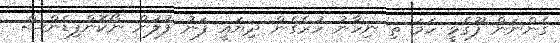
ގެންނަން ފޫގެޅީ ހަމަ ތި ނިހާނު ހުރެގެން ދިޔައީ ފަނު ފުލުން ނޯކޮންފިޑެންސް